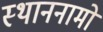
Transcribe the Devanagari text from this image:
स्थाननामों